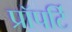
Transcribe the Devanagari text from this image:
प्रॉपर्टि